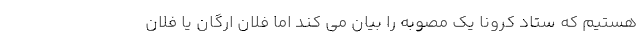
هستیم که ستاد کرونا یک مصوبه را بیان می کند اما فلان ارگان یا فلان